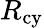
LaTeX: R_{\mathrm{cy}}